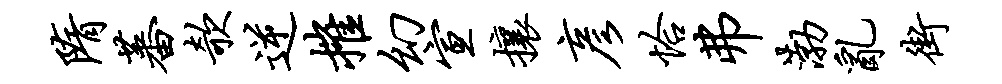
隋蕃欹逆摧幻宣攘彦恰弗渤乱街